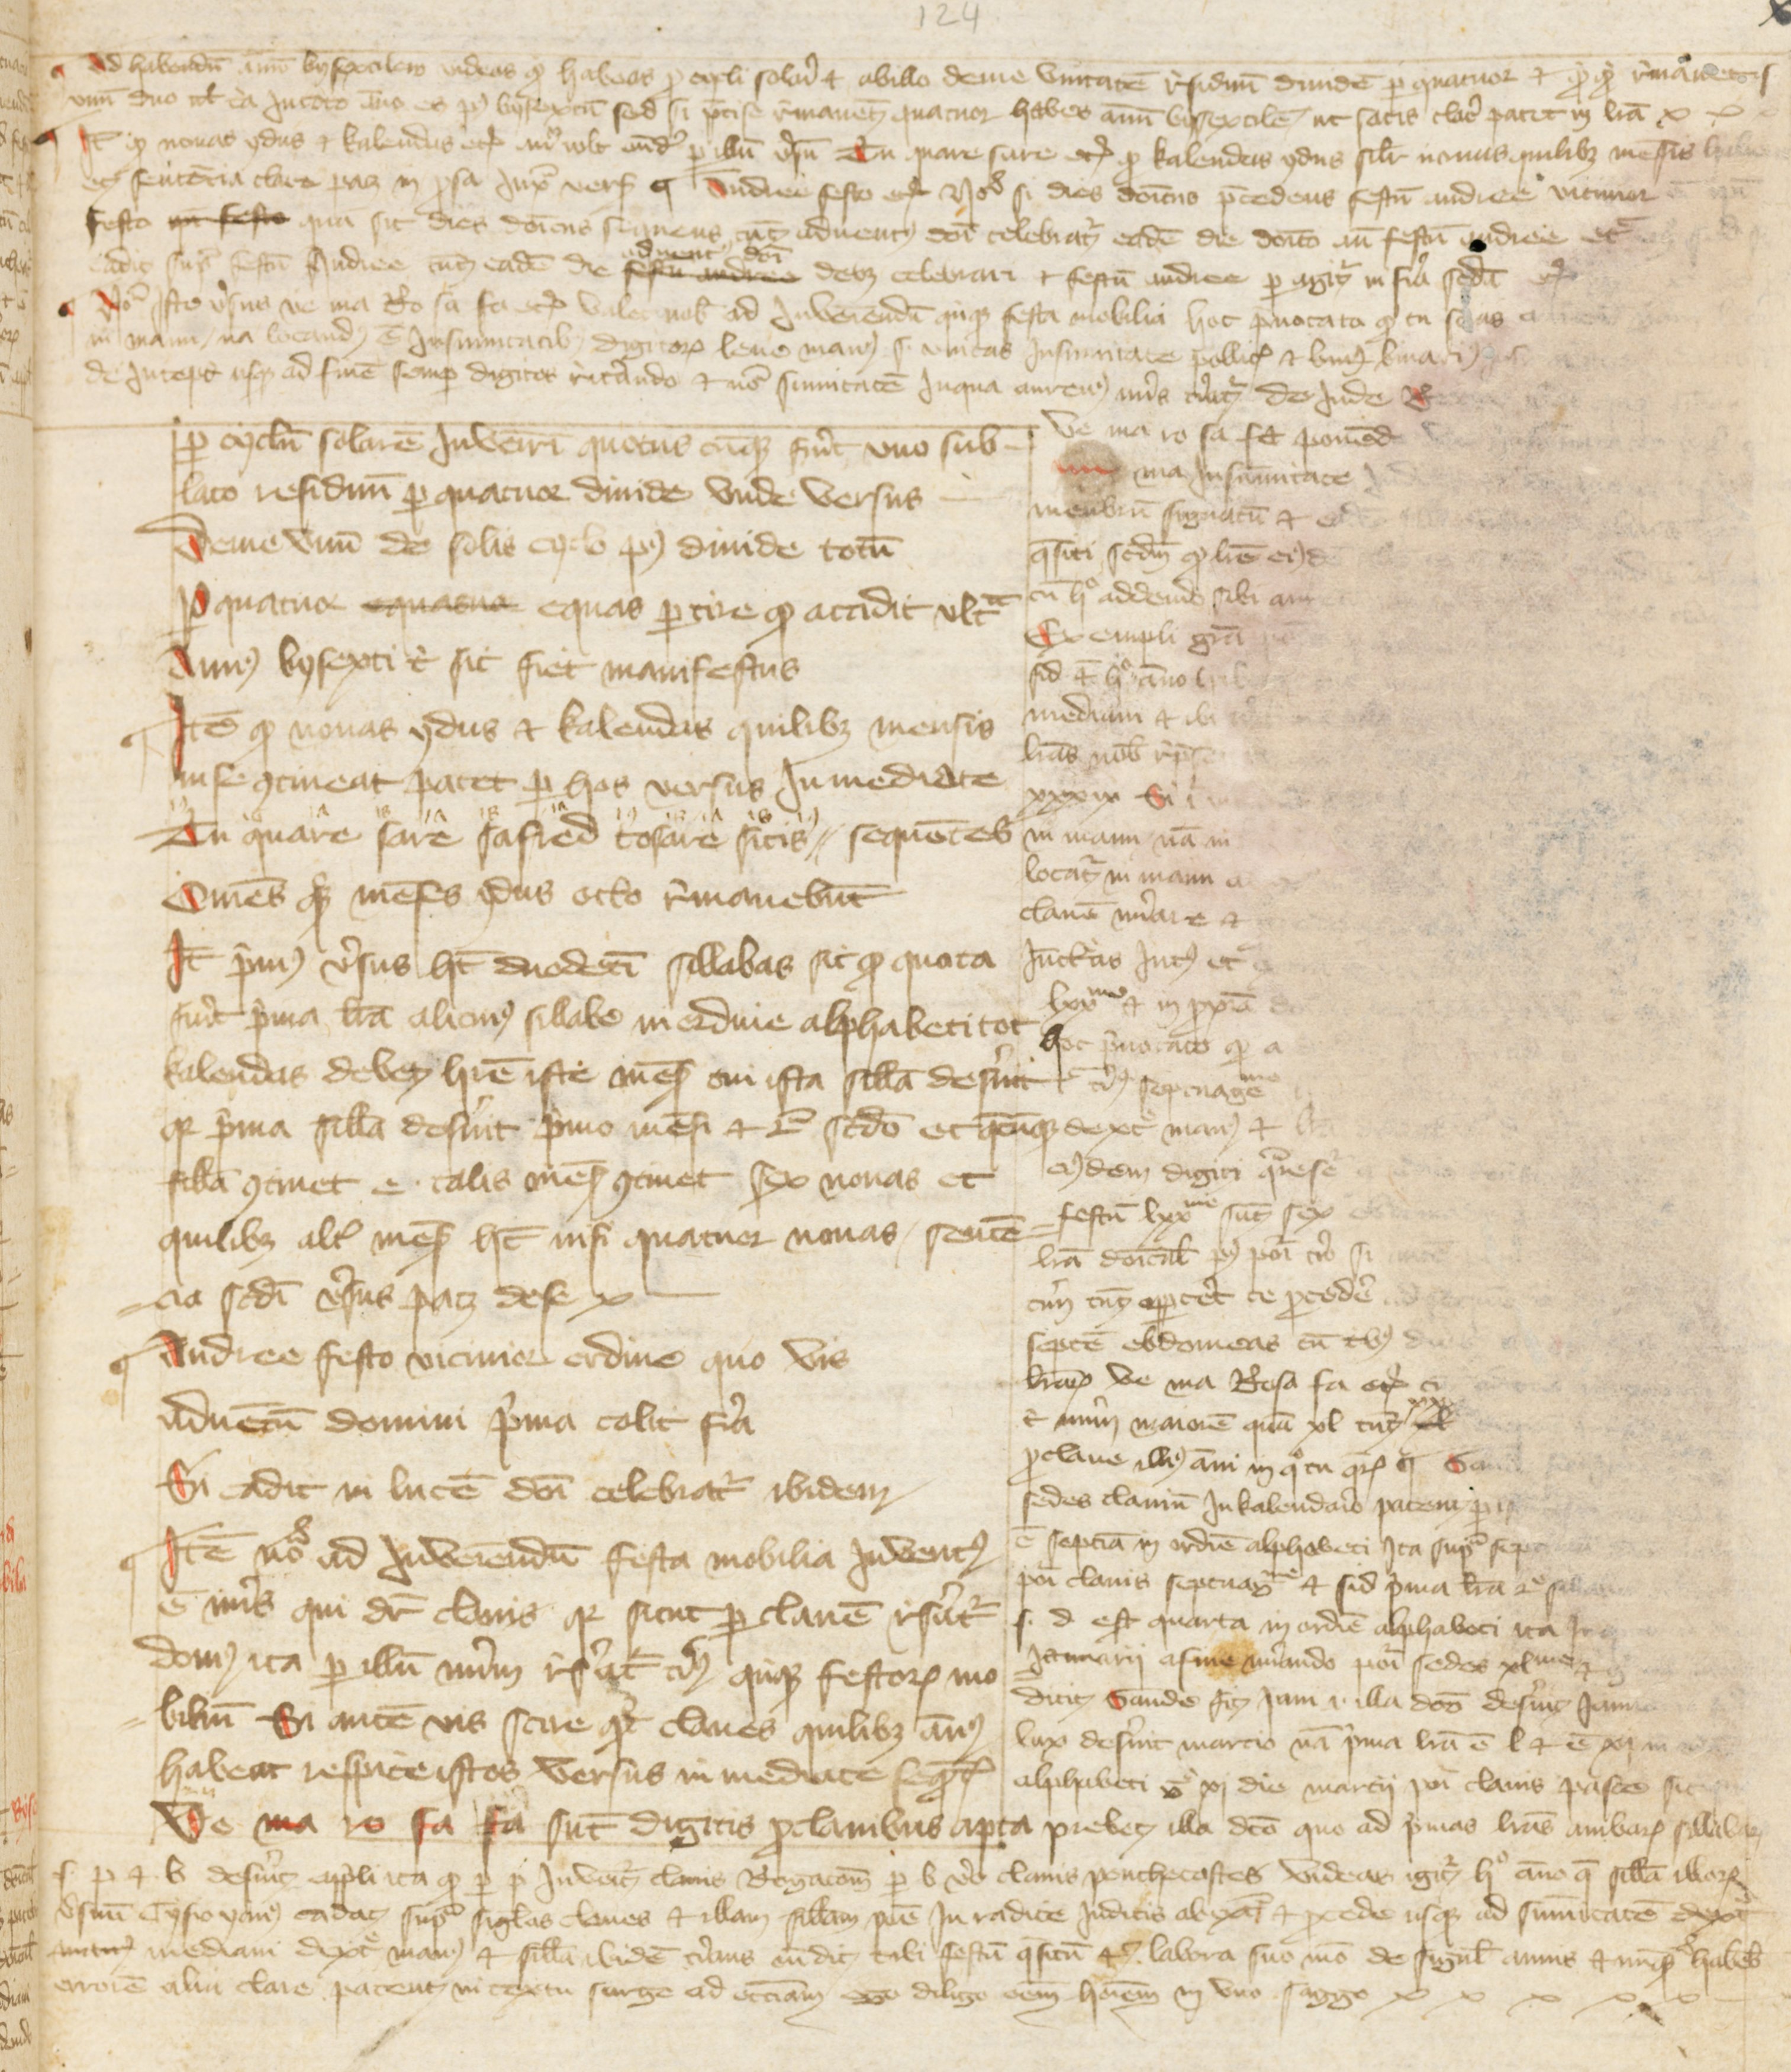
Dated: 1388–1394